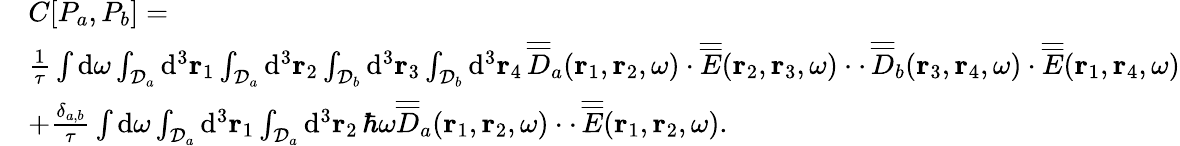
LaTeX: \begin{array}{rl}&{C[P_{a},P_{b}]=}\\ &{\frac{1}{\tau}\int\mathrm{d}\omega\int_{{\cal D}_{a}}\mathrm{d}^{3}{\mathbf r}_{1}\int_{{\cal D}_{a}}\mathrm{d}^{3}{\mathbf r}_{2}\int_{{\cal D}_{b}}\mathrm{d}^{3}{\mathbf r}_{3}\int_{{\cal D}_{b}}\mathrm{d}^{3}{\mathbf r}_{4}\, \overline{{\overline{{D}}}}_{a}({\mathbf r}_{1},{\mathbf r}_{2},\omega)\cdot\overline{{\overline{{E}}}}({\mathbf r}_{2},{\mathbf r}_{3},\omega)\cdot\cdot\, \overline{{\overline{{D}}}}_{b}({\mathbf r}_{3},{\mathbf r}_{4},\omega)\cdot\overline{{\overline{{E}}}}({\mathbf r}_{1},{\mathbf r}_{4},\omega)}\\ &{+\frac{\delta_{a,b}}{\tau}\int\mathrm{d}\omega\int_{{\cal D}_{a}}\mathrm{d}^{3}{\mathbf r}_{1}\int_{{\cal D}_{a}}\mathrm{d}^{3}{\mathbf r}_{2}\, \hbar\omega\overline{{\overline{{D}}}}_{a}({\mathbf r}_{1},{\mathbf r}_{2},\omega)\cdot\cdot\, \overline{{\overline{{E}}}}({\mathbf r}_{1},{\mathbf r}_{2},\omega).}\end{array}